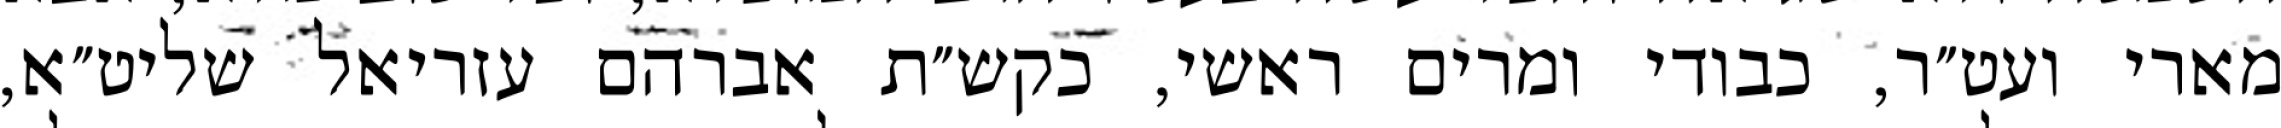
מארי ועט״ר, כבודי ומרים ראשי, כקש״ת אברהם עזריאל שליט״א,